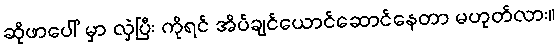
ဆိုဖာပေါ် မှာ လှဲပြီး ကိုရင် အိပ်ချင်ယောင်ဆောင်နေတာ မဟုတ်လား။